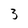
Character: 3